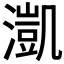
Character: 𣾚